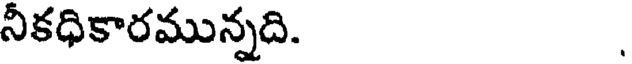
నీకధికారమున్నది.